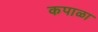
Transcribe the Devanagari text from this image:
कपाळा